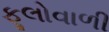
ફૂલોવાળી